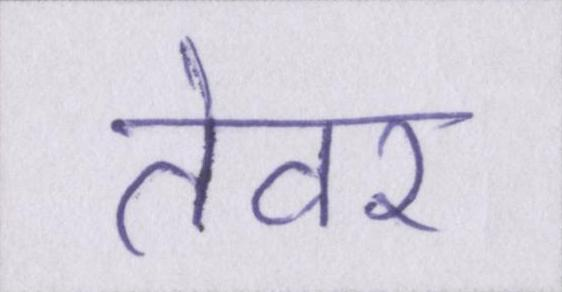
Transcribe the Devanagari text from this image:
तेवर